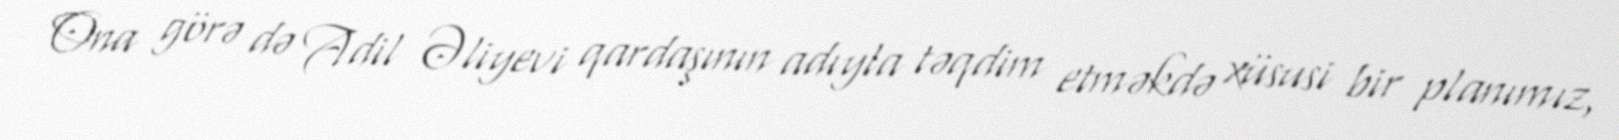
Ona görə də Adil Əliyevi qardaşının adıyla təqdim etməkdə xüsusi bir planımız,